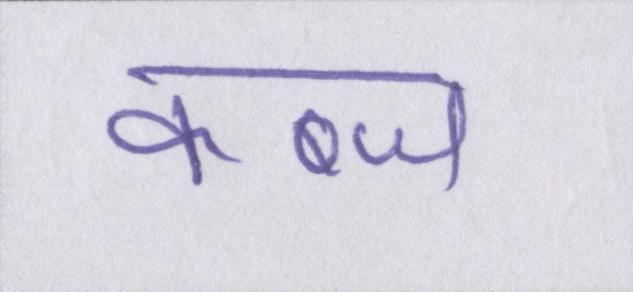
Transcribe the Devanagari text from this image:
कब्ज